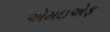
એમઇએફ